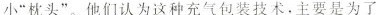
小“枕头”。他们认为这种充气包装技术，主要是为了